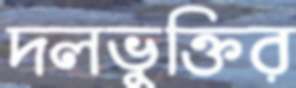
দলভুক্তির